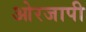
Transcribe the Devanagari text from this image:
ओरजापी